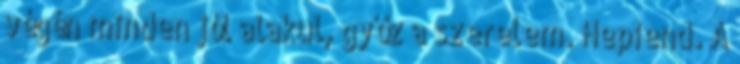
végén minden jól alakul, győz a szerelem. Hepiend. A